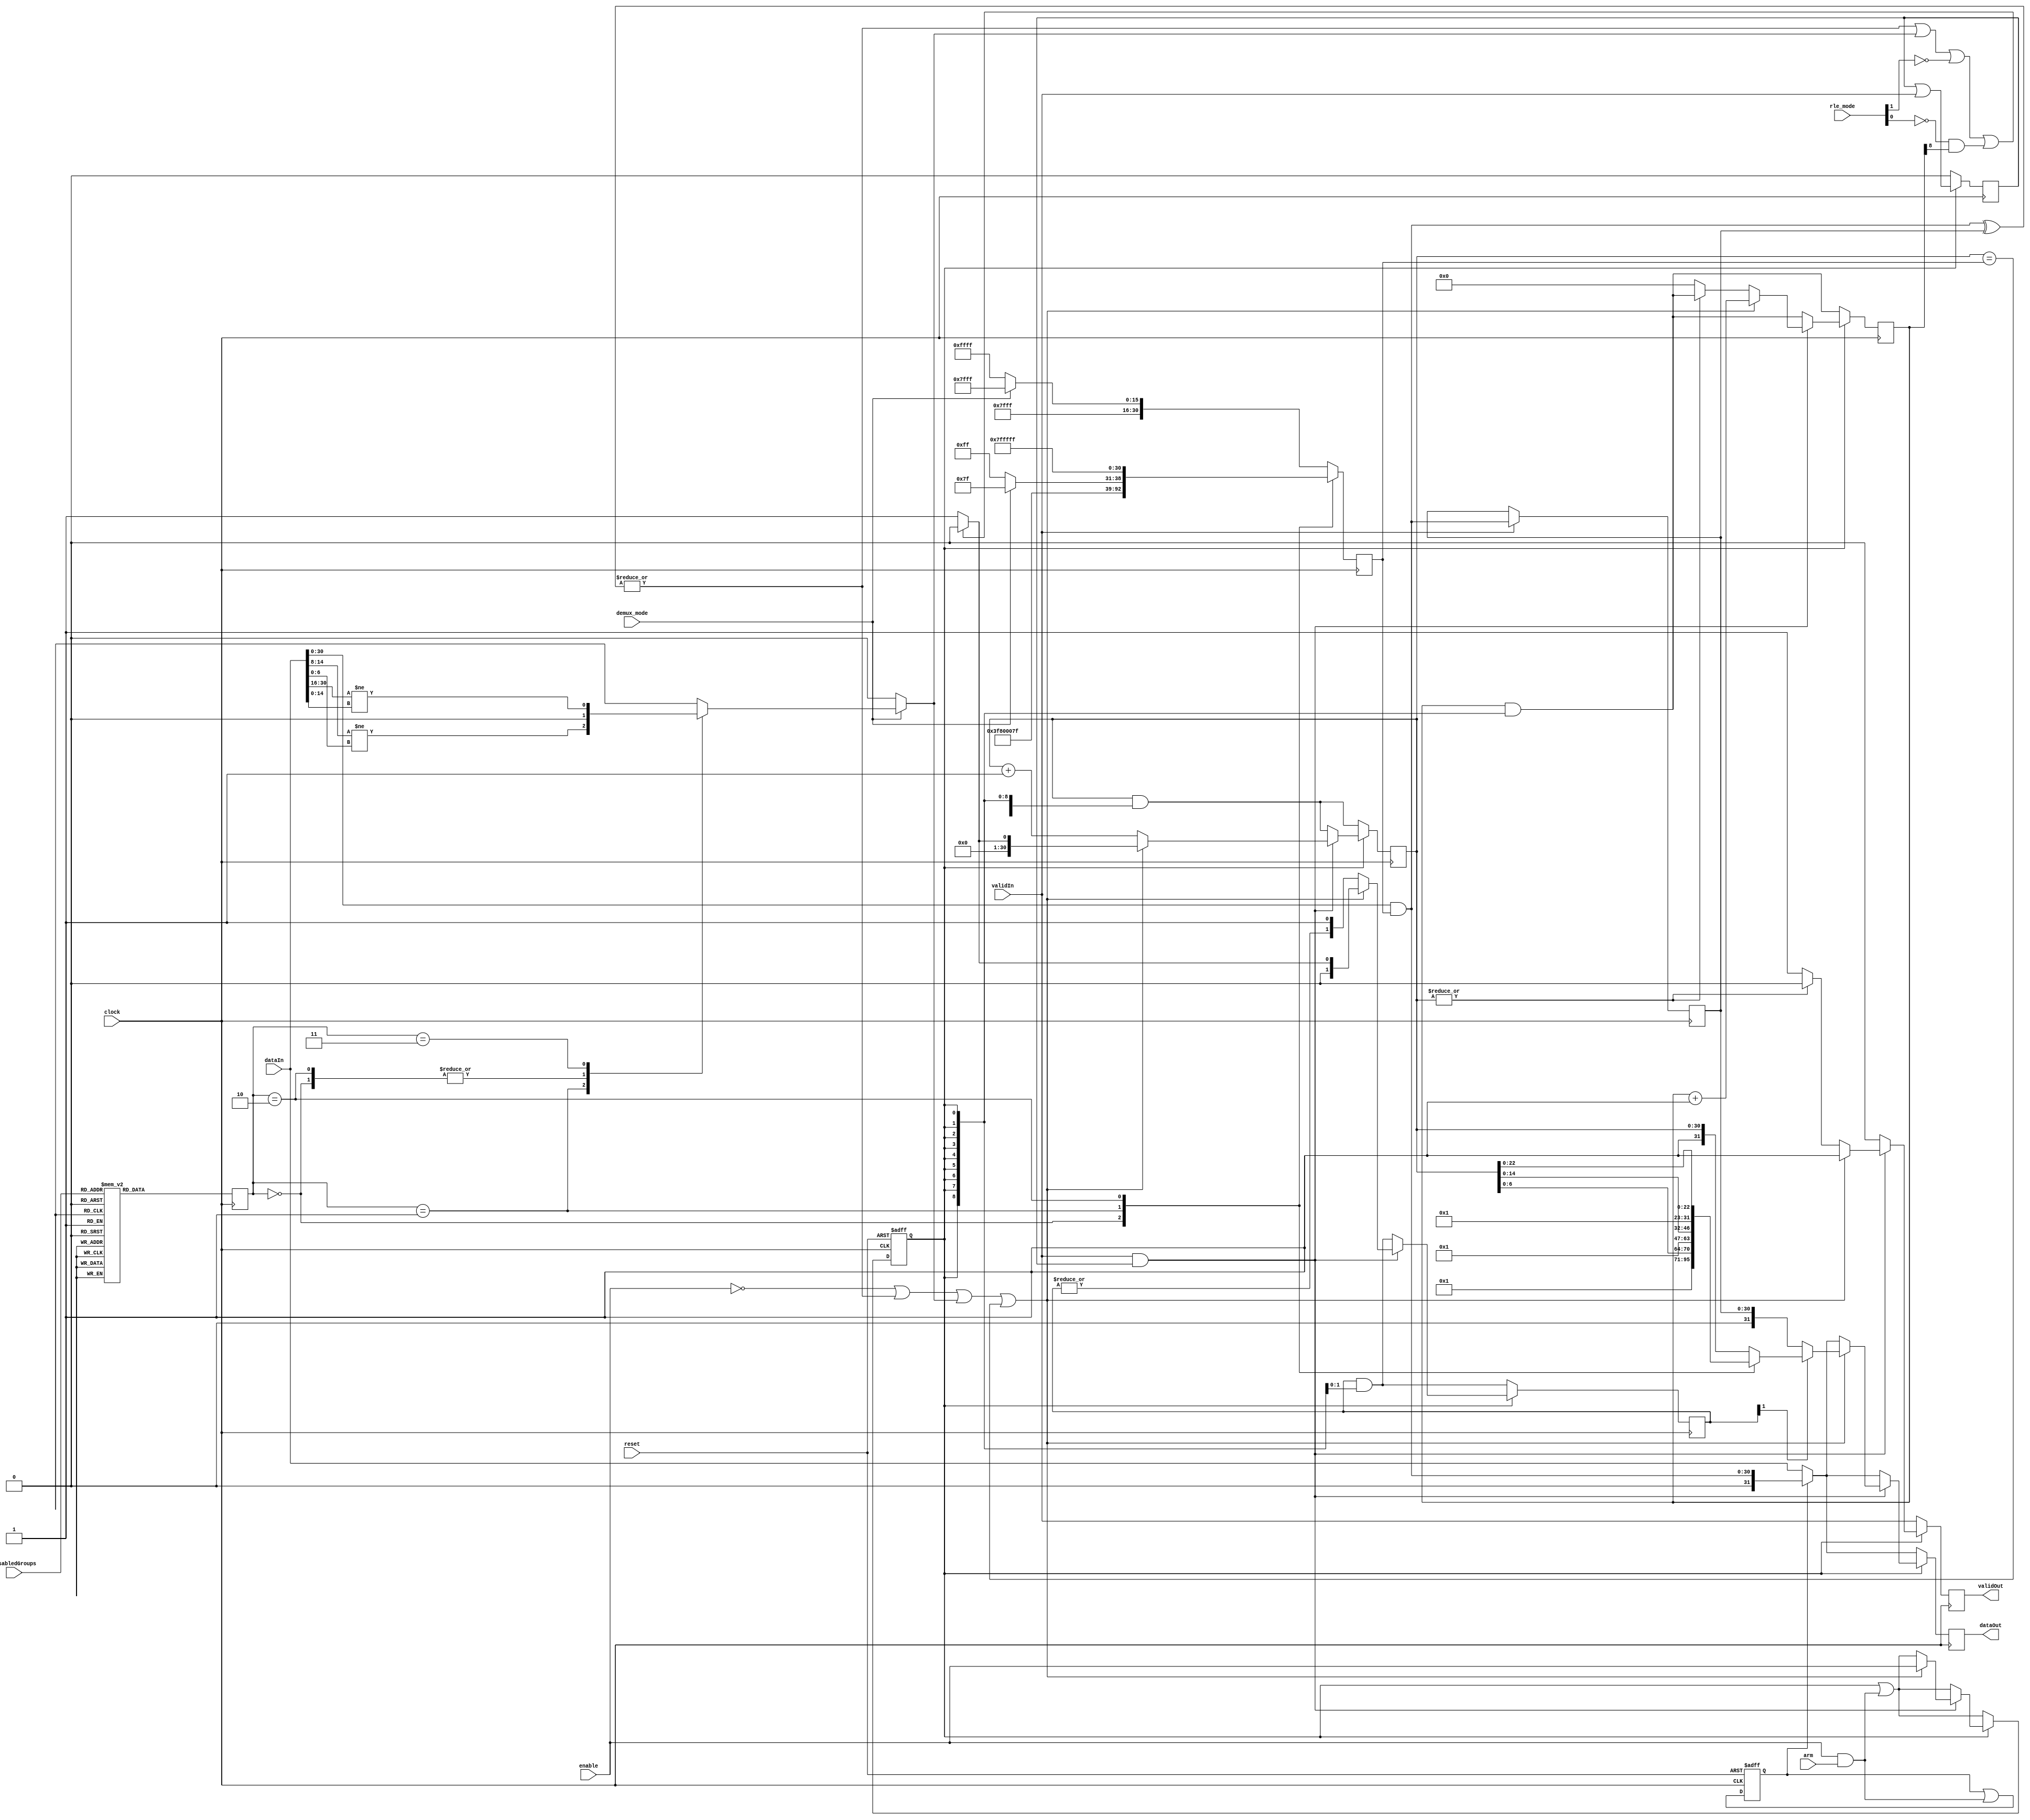
//--------------------------------------------------------------------------------
// rle_enc.vhd
//
// Copyright (C) 2007 Jonas Diemer
//
// This program is free software; you can redistribute it and/or modify
// it under the terms of the GNU General Public License as published by
// the Free Software Foundation; either version 2 of the License, or (at
// your option) any later version.
//
// This program is distributed in the hope that it will be useful, but
// WITHOUT ANY WARRANTY; without even the implied warranty of
// MERCHANTABILITY or FITNESS FOR A PARTICULAR PURPOSE. See the GNU
// General Public License for more details.
//
// You should have received a copy of the GNU General Public License along
// with this program; if not, write to the Free Software Foundation, Inc.,
// 51 Franklin St, Fifth Floor, Boston, MA 02110, USA
//
//--------------------------------------------------------------------------------
//
// Details: http://www.sump.org/projects/analyzer/
//
// Run Length Encoder
//
// If enabled, encode the incoming data with the following scheme:
// The MSB (bit 31) is used as a flag for the encoding.
// If the MSB is clear, the datum represents "regular" data
//  if set, the datum represents the number of repetitions of the previous data
//
//--------------------------------------------------------------------------------
//
// 01/11/2010 - Verilog Version + cleanups created by Ian Davis - mygizmos.org
//              This was basically a total rewrite for cleaner synth.
//
// RLE_MODE: Controls how <value>'s & <rle-count>'s are output.
//    0 : Repeat.  <value>'s reissued after every <rle-count> field -and- <rle-count> is inclusive of <value>
//    1 : Always.  <value>'s reissued after every <rle-count> field.
//    2 : Periodic.  <value>'s reissued approx every 256 <rle-count> fields.
//    3 : Unlimited.  <value>'s can be followed by unlimited numbers of <rle-count> fields.
//
// 05/22/2014 - Magnus Karlsson - Fixed the RLE encoder for demux mode
//

`timescale 1ns/100ps

module rle_enc(
  clock, reset,
  enable, arm,
  rle_mode, demux_mode, disabledGroups,
  dataIn, validIn,
  // outputs...
  dataOut, validOut);

input clock, reset;
input enable, arm;
input [1:0] rle_mode;
input demux_mode;
input [3:0] disabledGroups;
input [31:0] dataIn;
input validIn;
output [31:0] dataOut;
output validOut;

localparam TRUE = 1'b1;
localparam FALSE = 1'b0;
localparam RLE_COUNT = 1'b1;


//
// Registers...
//
reg active, next_active;
reg mask_flag, next_mask_flag;
reg [1:0] mode, next_mode;
reg [30:0] data_mask, next_data_mask;
reg [30:0] last_data, next_last_data;
reg last_valid, next_last_valid;
reg [31:0] dataOut, next_dataOut;
reg validOut, next_validOut;

reg [30:0] count, next_count;           // # of times seen same input data
reg [8:0] fieldcount, next_fieldcount;  // # times output back-to-back <rle-counts> with no <value>
reg [1:0] track, next_track;            // Track if at start of rle-coutn sequence.

wire [30:0] inc_count = count+1'b1;
wire count_zero = ~|count;
wire count_gt_one = track[1];
wire count_full = (count==data_mask);

reg demux_mismatch;
reg mismatch;

wire [30:0] masked_dataIn = dataIn & data_mask;


// Repeat mode: In <value><rle-count> pairs, a count of 4 means 4 samples.
//   In other words, in repeat mode the count is inclusive of the value.
//   When disabled (repitition mode), the count is exclusive.
wire rle_repeat_mode = 0; // (rle_mode==0);  // Disabled - modes 0 & 1 now identical


//
// Figure out what mode we're in (8/16/24 or 32 bit)...
//
always @ (posedge clock)
begin
  mode = next_mode;
  data_mask = next_data_mask;
end
always @*
begin
  next_mode = 2'h3; // 24 or 32-bit
  case (disabledGroups)
    4'b1110,4'b1101,4'b1011,4'b0111 : next_mode = 2'h0; // 8-bit
    4'b1100,4'b1010,4'b0110,4'b1001,4'b0101,4'b0011 : next_mode = 2'h1; // 16-bit
    4'b1000,4'b0100,4'b0010,4'b0001 : next_mode = 2'h2; // 24-bit
  endcase

  // Mask to strip off disabled groups.  Data must have already been
  // aligned (see data_align.v)...
  // Also, if demux mode mask out both values
  next_data_mask = demux_mode ? 32'h7FFF7FFF : 32'h7FFFFFFF;
  case (mode)
    2'h0 : next_data_mask = 32'h0000007F;
    2'h1 : next_data_mask = demux_mode ? 32'h00007F7F : 32'h00007FFF;
    2'h2 : next_data_mask = 32'h007FFFFF;
  endcase
end


//
// Control Logic...
//
initial begin active=0; mask_flag=0; count=0; fieldcount=0; track=0; validOut=0; last_valid=0; end
always @ (posedge clock or posedge reset)
begin
  if (reset)
    begin
      active = 0;
      mask_flag = 0;
    end
  else
    begin
      active = next_active;
      mask_flag = next_mask_flag;
    end
end

always @ (posedge clock)
begin
  count = next_count;
  fieldcount = next_fieldcount;
  track = next_track;
  dataOut = next_dataOut;
  validOut = next_validOut;
  last_data = next_last_data;
  last_valid = next_last_valid;
end

always @*
begin
  next_active = active | (enable && arm);
  next_mask_flag = mask_flag | (enable && arm); // remains asserted even if rle_enable turned off

  next_dataOut = (mask_flag) ? masked_dataIn : dataIn;
  next_validOut = validIn;
  next_last_data = (validIn) ? masked_dataIn : last_data;
  next_last_valid = FALSE;
  next_count = count & {31{active}};
  next_fieldcount = fieldcount & {9{active}};
  next_track = track & {2{active}};

  mismatch = |(masked_dataIn^last_data); // detect any difference not masked

  if (demux_mode)
    begin
      case (mode)
        2'h0 : demux_mismatch = 0; // not valid in demux mode
        2'h1 : demux_mismatch = (dataIn[14:8] != dataIn[6:0]);
        2'h2 : demux_mismatch = 0; // not valid in demux mode
        2'h3 : demux_mismatch = (dataIn[30:16] != dataIn[14:0]);
      endcase
    end
  else
    demux_mismatch = 0;

  if (active)
    begin
      next_validOut = FALSE;
      next_last_valid = last_valid | validIn;

      if (validIn && last_valid)
        if (!enable || mismatch || demux_mismatch || count_full) // if mismatch, or counter full, then output count (if count>1)...
          begin
            next_active = enable;
            next_validOut = TRUE;
            next_dataOut = {RLE_COUNT,count};
            case (mode)
              2'h0 : next_dataOut = {RLE_COUNT,count[6:0]};
              2'h1 : next_dataOut = {RLE_COUNT,count[14:0]};
              2'h2 : next_dataOut = {RLE_COUNT,count[22:0]};
            endcase
            if (!count_gt_one) next_dataOut = last_data;

            next_fieldcount = fieldcount+1'b1; // inc # times output rle-counts

            // If mismatch, or rle_mode demands it, set count=0 (which will force reissue of a <value>).
            // Otherwise, set to 1 to avoid thre redundant <value> from being output.
            next_count = (mismatch || demux_mismatch || ~rle_mode[1] || ~rle_mode[0] & fieldcount[8]) ? 0 : 1;
            next_track = next_count[1:0];
          end
        else // match && !count_full
          begin
            next_count = inc_count;
            if (count_zero) // write initial data if count zero
              begin
                next_fieldcount = 0;
                next_validOut = TRUE;
              end
            if (rle_repeat_mode && count_zero) next_count = 2;
            next_track = {|track,1'b1};
          end
    end
end
endmodule